Annual administration report of the Civil Veterinary Department of India - 1903-1904
Year: 1903
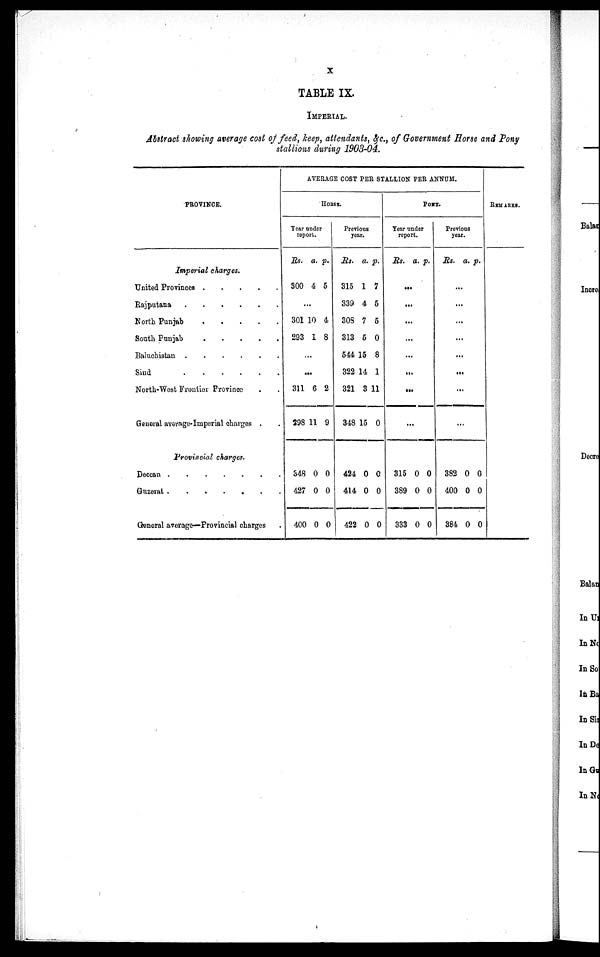
x
TABLE IX.
IMPERIAL.
Abstract showing average cost of feed, keep, attendants, & c., of Government Horse and Pony
stallions during 1903-04.
PROVINCE.
Imperial charges.
United Provinces
.
.
.
.
.
Rajputana
.
.
.
.
.
.
.
North Punjab
.
.
.
.
.
South Punjab
.
.
.
.
.
Baluchistan
.
.
.
.
.
.
Sind
.
.
.
.
.
.
North-West Frontier Province . .
General average-Imperial charges . .
Provincial charges.
Deccan . . . . . . .
Guzerat . . . . . . .
General average—Provincial charges .
AVERAGE COST PER STALLION PER ANNUM.
HORSE.
Year under
report.
Rs. a. p.
300 4 5
...
301
293
10
1
4
8
...
...
311
298
6
11
2
9
348
427
400
0
0
0
0
0
0
Previous
year.
Rs. a. p.
315
339
308
313
544
322
321
348
1
4
7
5
15
14
3
15
7
5
5
0
8
1
11
0
424
414
422
0
0
0
0
0
0
PONY.
Year under
report.
Rs. a. p.
...
...
...
...
...
...
...
...
315
389
333
0
0
0
0
0
0
Previous
year.
Rs. a. p.
...
...
...
...
...
...
...
...
382
400
384
0
0
0
0
0
0
REMARKS.